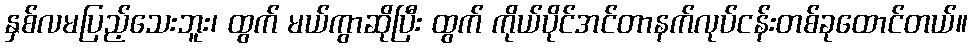
နှစ်လမပြည့်သေးဘူး၊ ထွက် မယ်ကွာဆိုပြီး ထွက် ကိုယ်ပိုင်အင်တာနက်လုပ်ငန်းတစ်ခုထောင်တယ်။